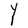
Character: Y